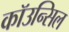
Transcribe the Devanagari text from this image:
कॉउन्सिल